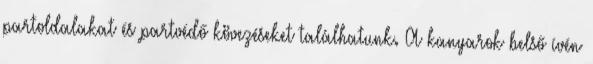
partoldalakat és partvédő kövezéseket találhatunk. A kanyarok belső ívén